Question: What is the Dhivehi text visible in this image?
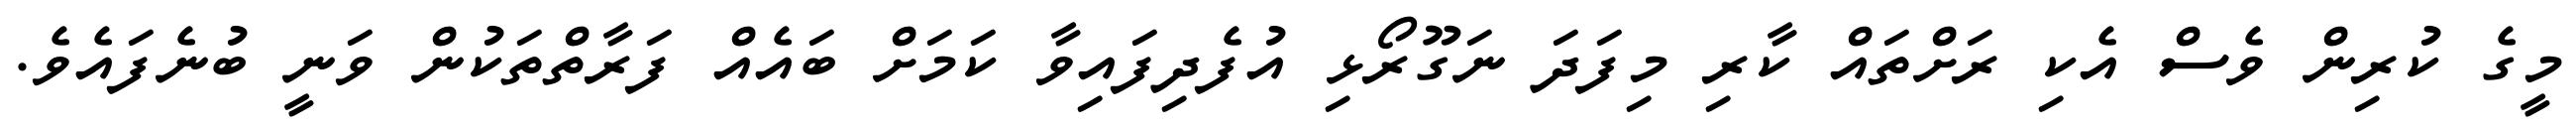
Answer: މީގެ ކުރިން ވެސް އެކި ރަށްތައް ކާރި މިފަދަ ނަގޫރޯޅި އުފެދިފައިވާ ކަމަށް ބައެއް ފަރާތްތަކުން ވަނީ ބުނެފައެވެ.